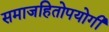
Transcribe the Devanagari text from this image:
समाजहितोपयोगी